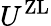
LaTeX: U^{\mathrm{ZL}}